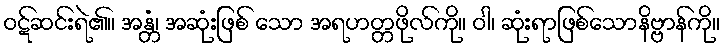
ဝဋ်ဆင်းရဲ၏။ အန္တံ၊ အဆုံးဖြစ် သော အရဟတ္တဖိုလ်ကို။ ဝါ၊ ဆုံးရာဖြစ်သောနိဗ္ဗာန်ကို။